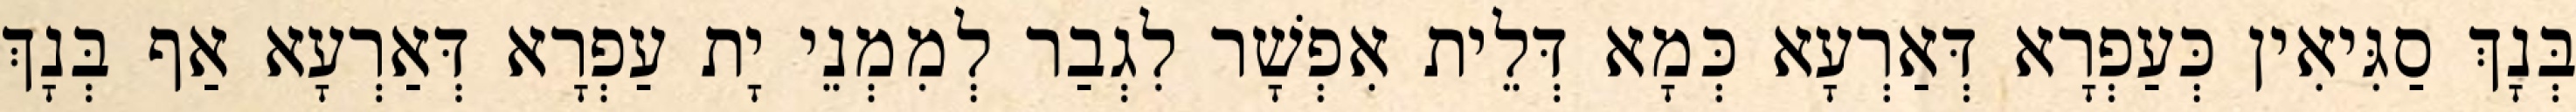
בְּנָךְ סַגִּיאִין כְּעַפְרָא דְּאַרְעָא כְּמָא דְּלֵית אִפְשָׁר לִגְבַר לְמִמְנֵי יָת עַפְרָא דְּאַרְעָא אַף בְּנָךְ